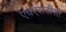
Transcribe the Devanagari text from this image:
एचएसडीसी